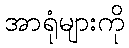
အာရုံများကို